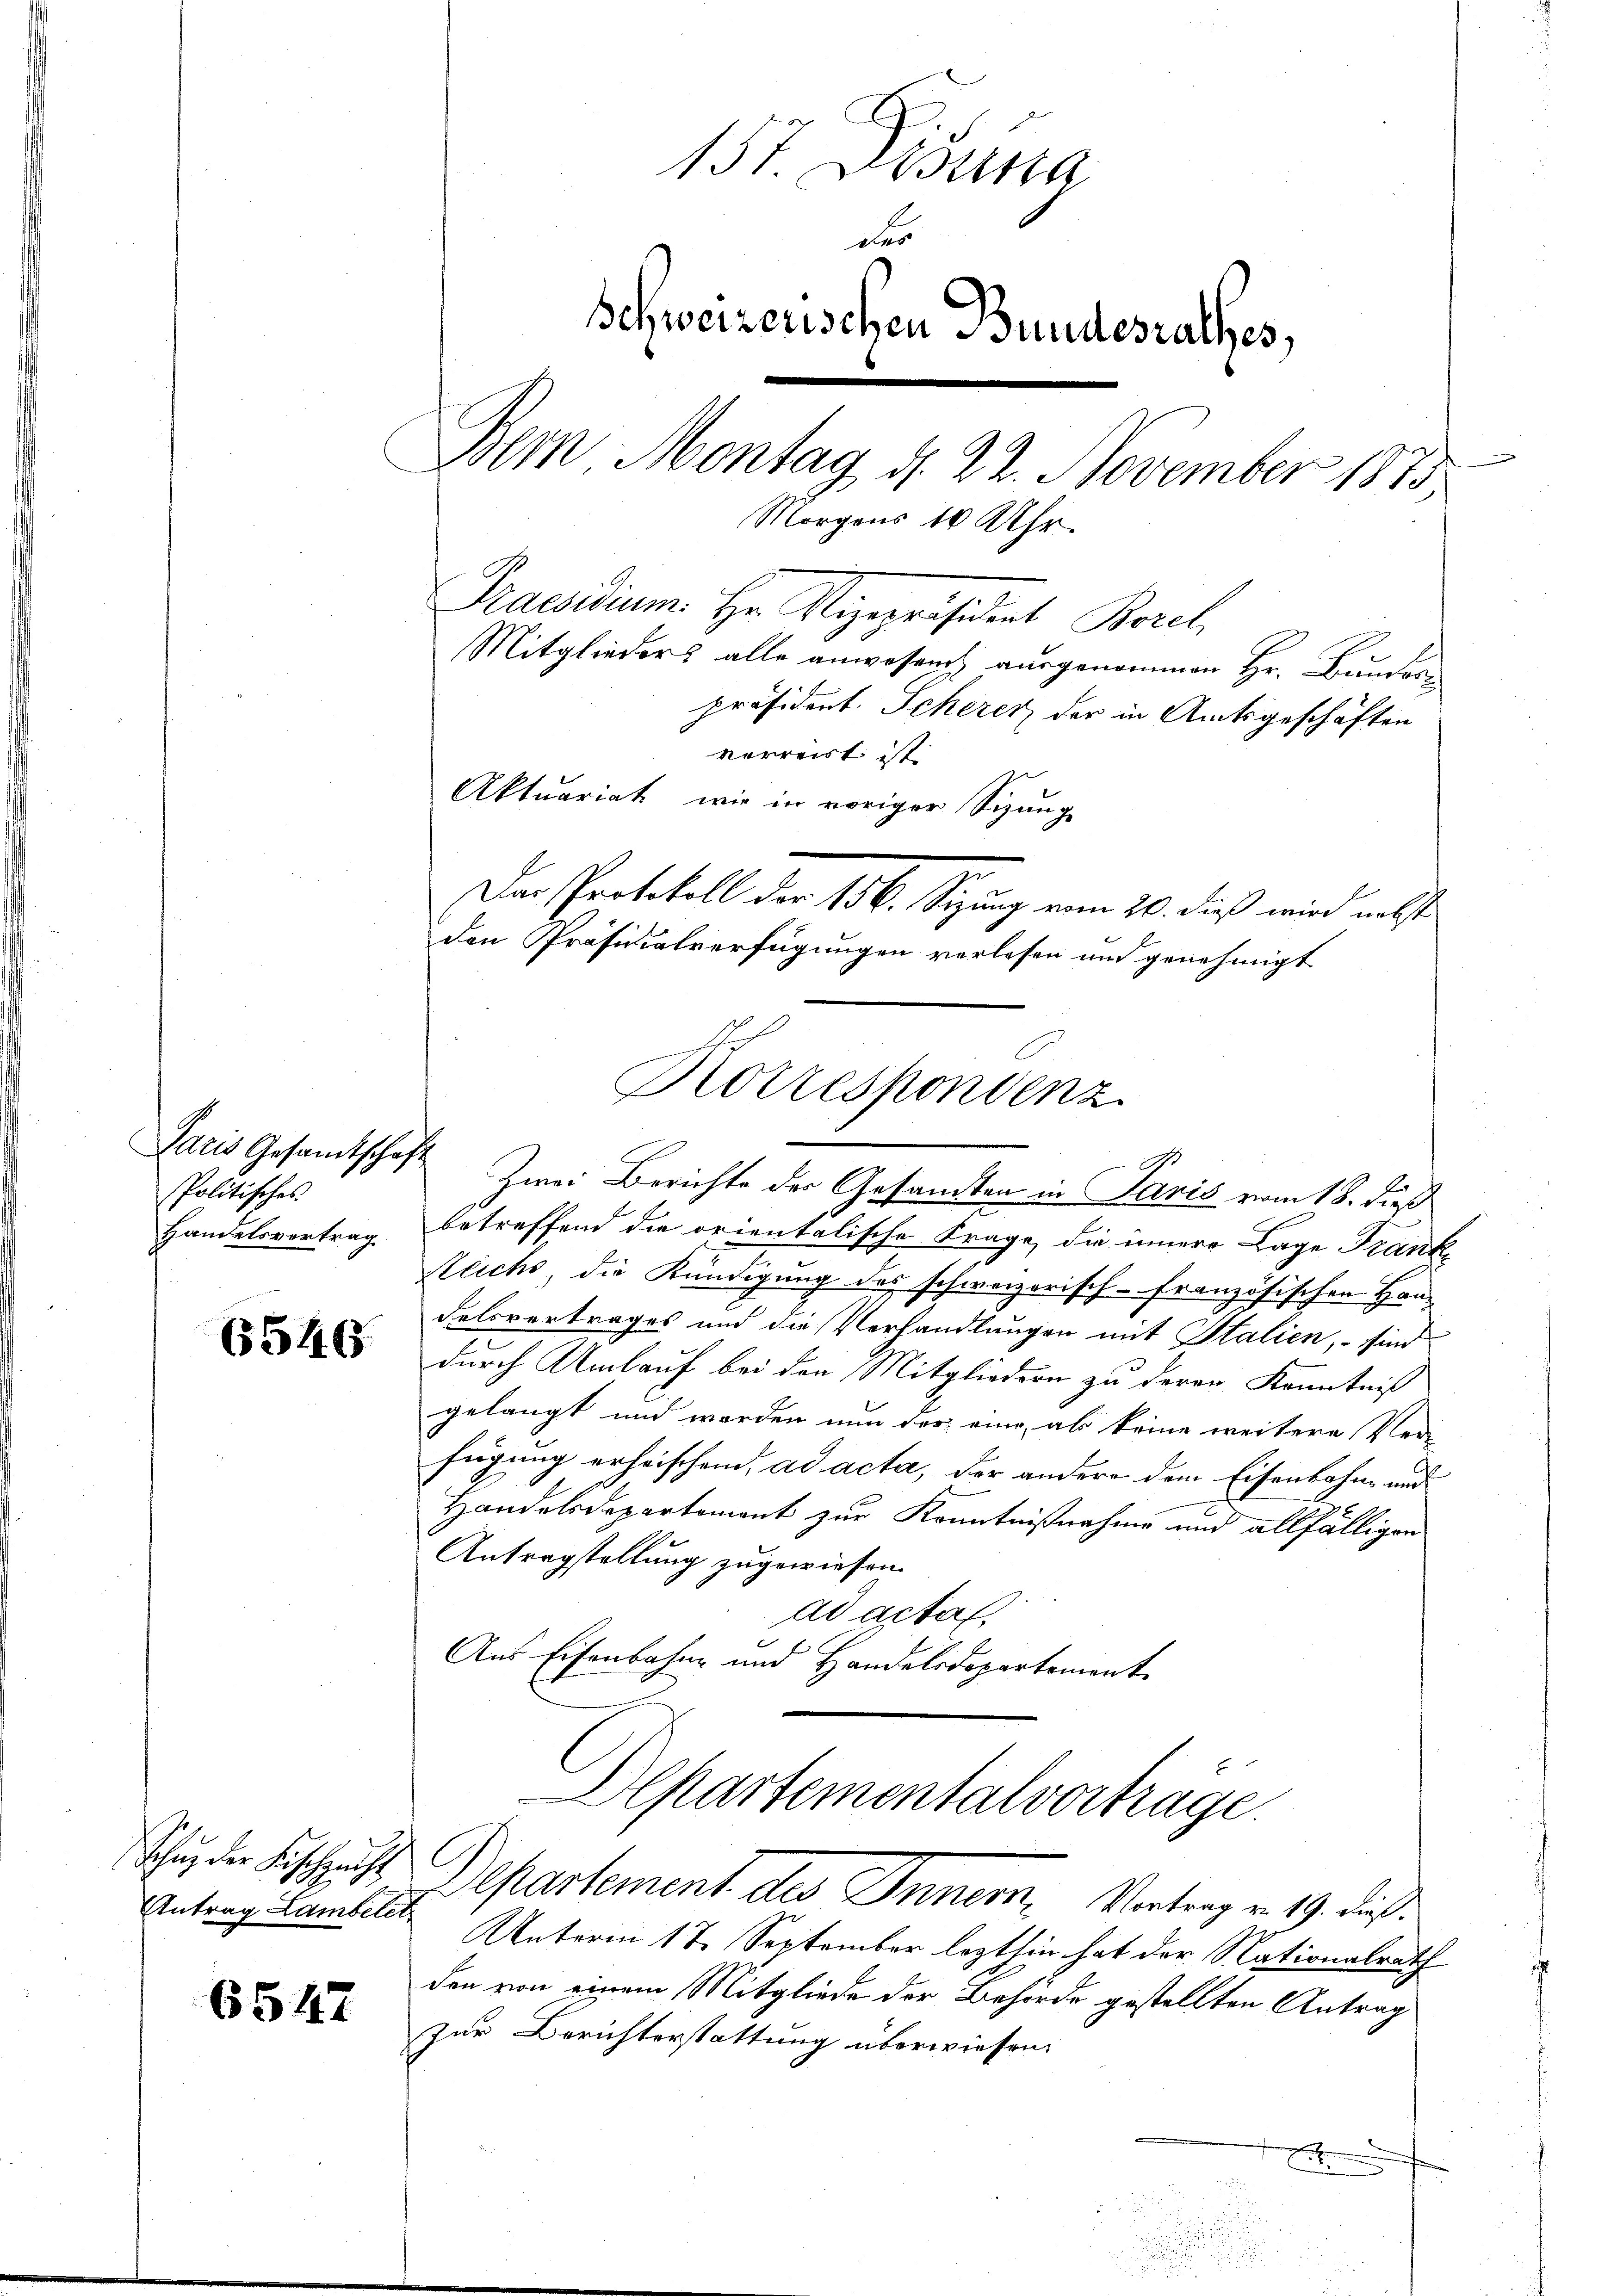
Politisches.
Handelsvortrag

6546

Schŭt der Fischeucht
Antrag Lambelet

6547

157. Disena
d
Schweizerischen Bundesrathes,
Bern Montag d. 22. November 1875
Morgens 10 Uhr
Praesidium. Hr. Vizepräsident Borel,
Mitglieders alle anwesend ausgenommen Hr. Bunder
präsident Scherer, der in Amtsgeschäften

verreist ist.
Aktuariat, wie in voriger Schange
Der Protokoll der 156. Sitzung vom 20. dieß wird nebste
den Präsidialverfügungen verlesen und genehmigt
betreffend die orientalische Frage, die innere Lage Frank
Reichs, die Kündigung des schweizerisch-Französischen Han¬
Felsvertrages und die Verhandlungen mit Italien, – sind
durch Umlauf bei den Mitgliedern zu deren Kenntniß
gelangt und worden nun des eine, als keine weitere Ver-
fügung erheischend, ad acta, der andere dem Eisenbahne und
Handelsdepartement zur Kenntnißnahme und allfälligen
e
Antragstellung zugewiesen.
ad actaf
Aus Eisenbahne und Handelsdepartement
Alpartementalvortrage.
Departement des Innern, Vertrag v. 19. dieß
Unterm 17. September lezthin hat der Nationalrath
den von einem Mitgliede der Behörde gestellten Antrag
zur Berichterstattung überwiesen.
.
x
.

Korrespondenz
G.
Paris Gesamtschaft Zwei Berichte der Gesamten in Paris vom 18. dieß